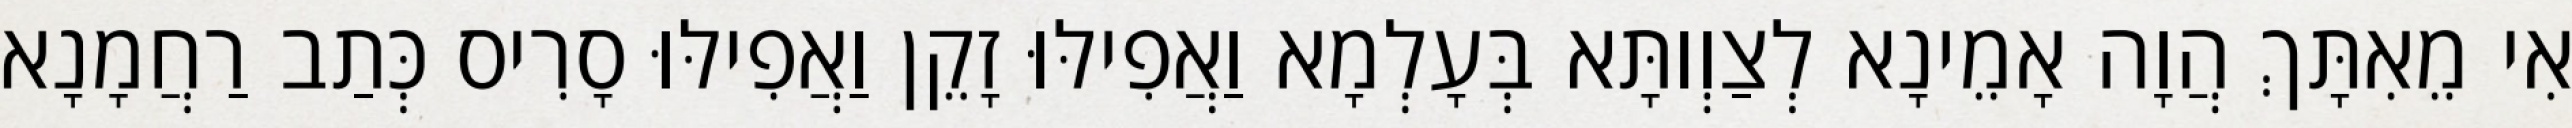
אִי מֵאִתָּךְ הֲוָה אָמֵינָא לְצַוְותָּא בְּעָלְמָא וַאֲפִילּוּ זָקֵן וַאֲפִילּוּ סָרִיס כְּתַב רַחֲמָנָא